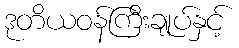
ဒုတိယဝန်ကြီးချုပ်နှင့်